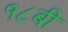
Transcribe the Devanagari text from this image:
१८बी